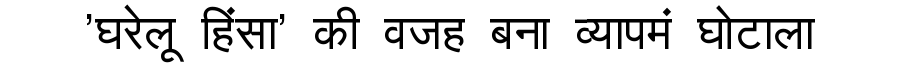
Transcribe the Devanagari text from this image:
'घरेलू हिंसा' की वजह बना व्यापमं घोटाला